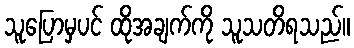
သူပြောမှပင် ထိုအချက်ကို သူသတိရသည်။